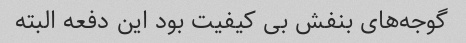
گوجه‌های بنفش بی کیفیت بود این دفعه البته